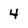
Character: 4